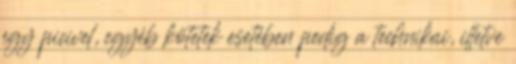
egy picivel, egyéb kötetek esetében pedig a technikai, illetve